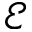
\mathcal { E }